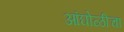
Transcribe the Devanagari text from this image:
आंघोळीचा